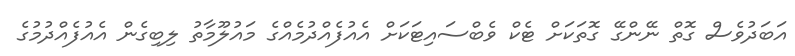
އަބަދުވެސް ގޮތް ނޭންގޭ ގޮތަކަށް ޓެކް ވެބްސައިޓަކަށް އެއުފެއްދުމެއްގެ މައުލޫމާތު ލިބިގެން އެއުފެއްދުމުގެ